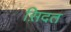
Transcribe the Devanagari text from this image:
स़िदत